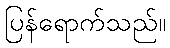
ပြန်ရောက်သည်။